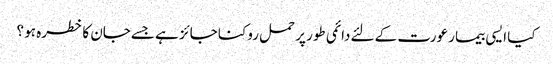
کیا ایسی بیمار عورت کے لئےدائمی طور پر حمل روکنا جائز ہے جسےجان کا خطرہ ہو ؟